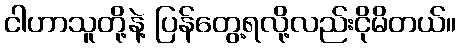
ငါဟာသူတို့နဲ့ ပြန်တွေ့ရလို့လည်းငိုမိတယ်။